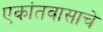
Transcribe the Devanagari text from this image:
एकांतवासाचे